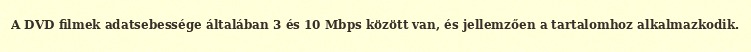
A DVD filmek adatsebessége általában 3 és 10 Mbps között van, és jellemzően a tartalomhoz alkalmazkodik.